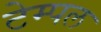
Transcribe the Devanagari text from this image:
टेम्‍पल